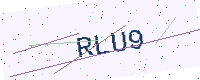
Text: RLU9